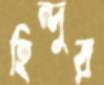
হিন্দুর